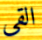
القي